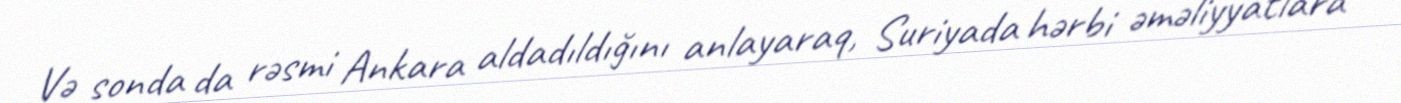
Və sonda da rəsmi Ankara aldadıldığını anlayaraq, Suriyada hərbi əməliyyatlara